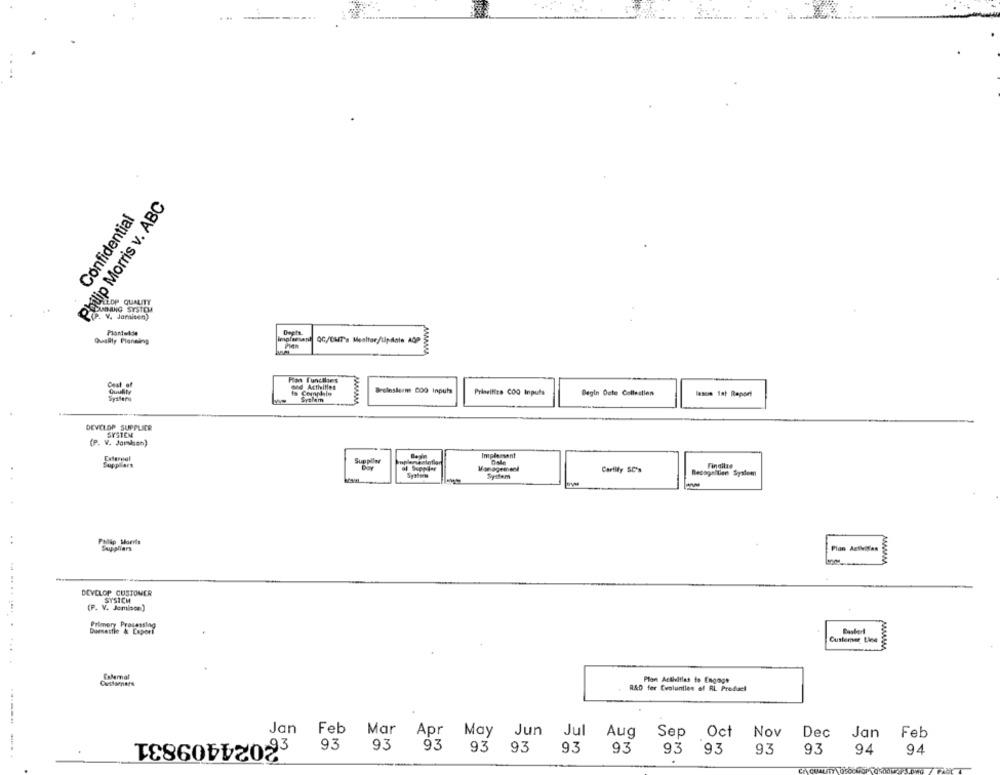
. ..
Philip Morris v. ABC
Confidential
OFLEOP QUALITY
DANNANO SYSTEM
(P. V. Jomiten)
Plantwkde
Depta.
Quality Planning
Implemsant QC/CET's Monitor/Update AOP
Cest_of
Acthilfen
Quality
reinsterm COQ Inputs
Prioritize COQ Inputs
Begin Dete Collestien
-see ist Report
Spater
Syslem
DEVELOP SUPPLIER
SYSTEM
(P. V. Jordan)
Extertal
Implessent
Supplars
Supplied
dale
Fingilas
Certify SC's
Recognition System
System
Philip Morris
Sauppliers
Plan Aztbises
DEVELOP CUSTOMER
SYSICH
(P. V. Jemlace)
... ...........
Primery Prosssslag
Rasbort
Dumnestle & Laporf
Customer Line
Plan Activities to Engage
R&D fer Evoluntien of RL Prediaet
Jan
2024409831
Feb Mar
Apr
May
Jun
Jul
Aug
Sep Oct
Nov
Dec
Jan
Feb
93
93
93 93
93
93
93
93 93
93
93
94
94